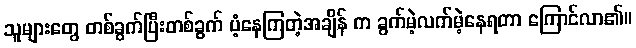
သူများတွေ တစ်ခွက်ပြီးတစ်ခွက် ပံ့နေကြတဲ့အချိန် က ခွက်မဲ့လက်မဲ့နေရတာ ကြောင်လာ၏။